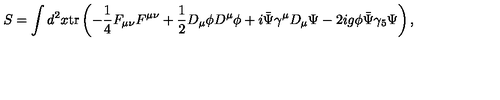
S = \int d ^ { 2 } x \mathrm { t r } \left( - \frac { 1 } { 4 } F _ { \mu \nu } F ^ { \mu \nu } + \frac { 1 } { 2 } D _ { \mu } \phi D ^ { \mu } \phi + i \bar { \Psi } \gamma ^ { \mu } D _ { \mu } \Psi - 2 i g \phi \bar { \Psi } \gamma _ { 5 } \Psi \right) ,